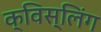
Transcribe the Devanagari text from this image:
क्विस्लिंग